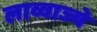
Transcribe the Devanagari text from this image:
लाव्वाज्ये